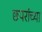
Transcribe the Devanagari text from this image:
छपरांच्या